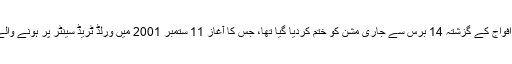
واضح رہے کہ افغانستان میں امریکا کی اتحادی نیٹو افواج کے گزشتہ 14 برس سے جاری مشن کو ختم کردیا گیا تھا، جس کا آغاز 11 ستمبر 2001 میں ورلڈ ٹریڈ سینٹر پر ہونے والے حملے کے بعد طالبان کے خلاف جنگ سے ہوا تھا۔